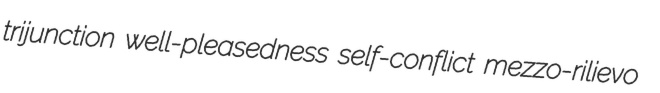
trijunction well-pleasedness self-conflict mezzo-rilievo